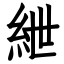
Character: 紲